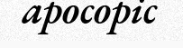
apocopic